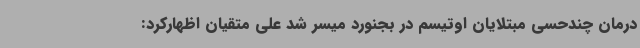
درمان چندحسی مبتلایان اوتیسم در بجنورد میسر شد علی متقیان اظهارکرد: